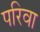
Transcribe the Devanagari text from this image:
परिवा